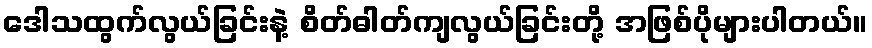
ဒေါသထွက်လွယ်ခြင်းနဲ့ စိတ်ဓါတ်ကျလွယ်ခြင်းတို့ အဖြစ်ပိုများပါတယ်။